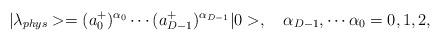
LaTeX: \begin{align*}|\lambda_{phys} > = (a_0^+)^{\alpha_0} \cdots (a_{D-1}^+)^{\alpha_{D-1}} |0>,\ \ \ \alpha_{D-1}, \cdots \alpha_0=0,1,2,\end{align*}